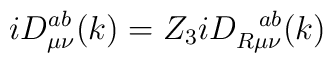
iD_{\mu \nu }^{ab}(k)=Z_3iD_{R\mu \nu }^{~~ab}(k)